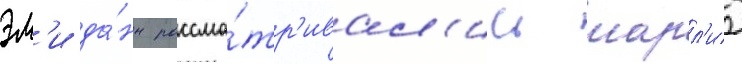
эм'и да́нн рассма́тр'ивал'ись шарл'из